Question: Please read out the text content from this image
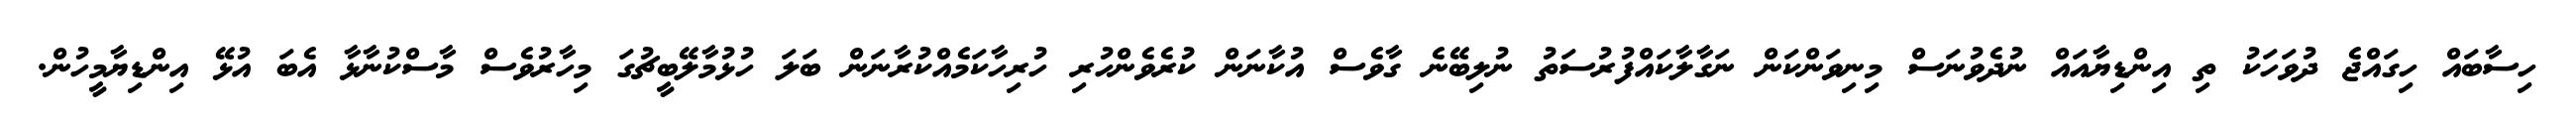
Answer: ހިސާބައް ހިގައްޖެ ދުވަހަކު ތި އިންޑިޔާއައް ނުދެވުނަސް މިނިވަންކަން ނަގާލާކައްފުރުސަތު ނުލިބޭނެ ގާވެސް އުކާނަން ކުރެވެންހުރި ހުރިހާކަމެއްކުރާނަން ބަލަ ހުޅުމާލޭބީޗުގަ މިހާރުވެސް މާސްކުނާޅާ އެބަ އުޅޭ އިންޑިޔާމީހުން.